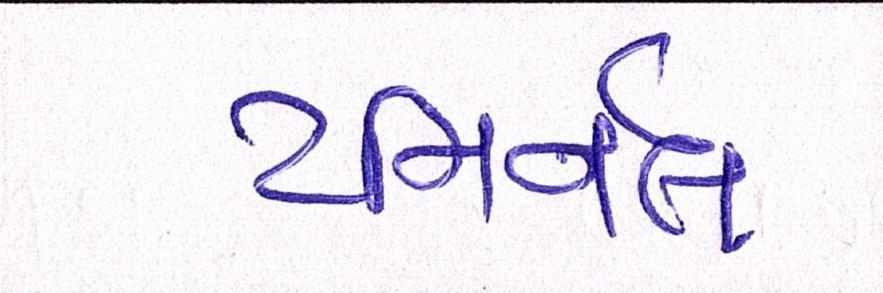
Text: ટમિર્નલ